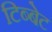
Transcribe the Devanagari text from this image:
टिब्बेट